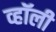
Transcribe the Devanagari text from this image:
व्हॉली